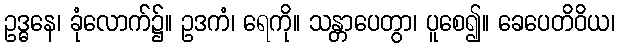
ဥဒ္ဓနေ၊ ခုံလောက်၌။ ဥဒကံ၊ ရေကို။ သန္တာပေတွာ၊ ပူစေ၍။ ခေပေတိဝိယ၊